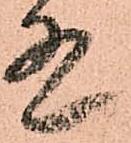
有